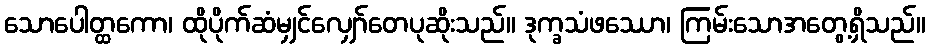
သောပေါတ္ထကော၊ ထိုပိုက်ဆံမျှင်လျှော်တေပုဆိုးသည်။ ဒုက္ခသံဖဿော၊ ကြမ်းသောအတွေ့ရှိသည်။